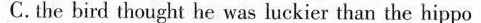
C.the bird thought he was luckier than the hippo